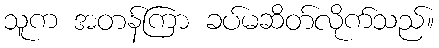
သူက အတန်ကြာ ခပ်မဆိတ်လိုက်သည်။